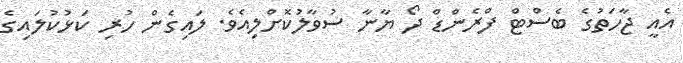
އެއީ ޖާހަތުގެ ބެސްޓް ފްރެންޑް ދޯ ޔާނާ ސުވާލުކޮށްލިއެވެ. ލައިގެން ހުރި ކަޅުކުލައިގެ